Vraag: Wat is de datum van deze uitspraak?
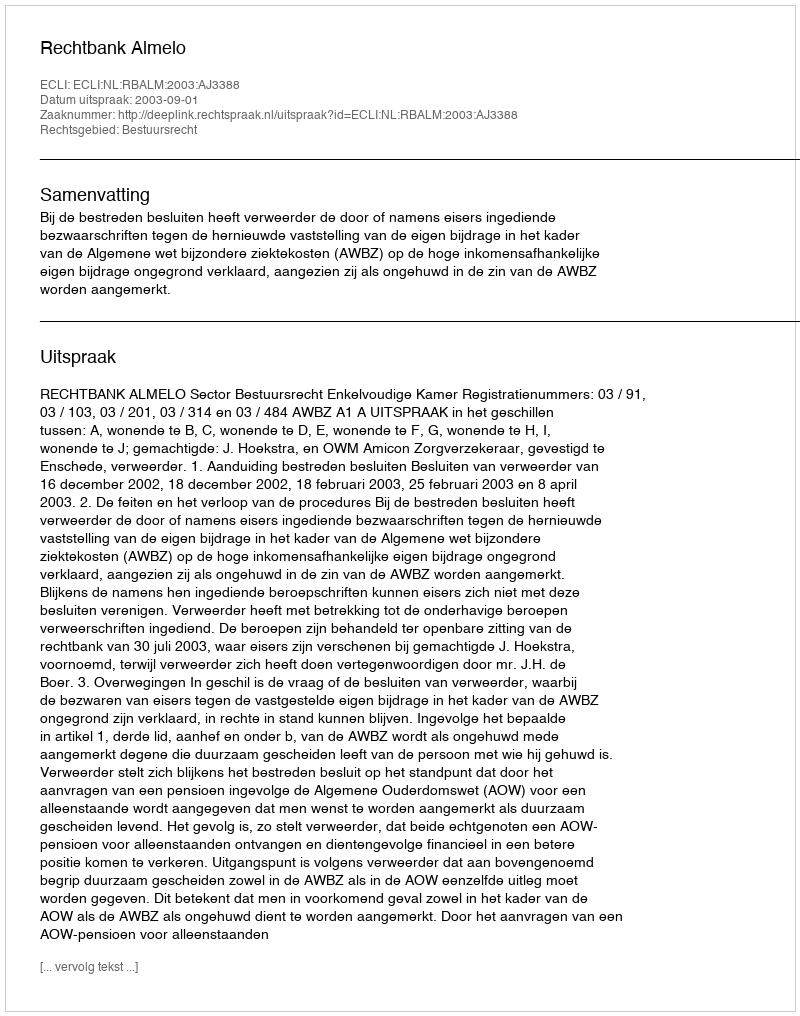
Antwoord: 2003-09-01